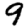
Digit: 9